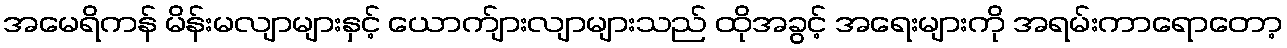
အမေရိကန် မိန်းမလျာများနှင့် ယောက်ျားလျာများသည် ထိုအခွင့် အရေးများကို အရမ်းကာရောတော့